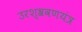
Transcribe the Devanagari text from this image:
उरश्श्रवणयंत्र